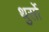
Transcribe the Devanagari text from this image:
थुर्सो